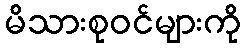
မိသားစုဝင်များကို